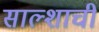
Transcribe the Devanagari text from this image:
साल्शाची